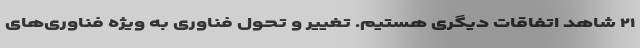
۲۱ شاهد اتفاقات دیگری هستیم. تغییر و تحول فناوری به ویژه فناوری‌های